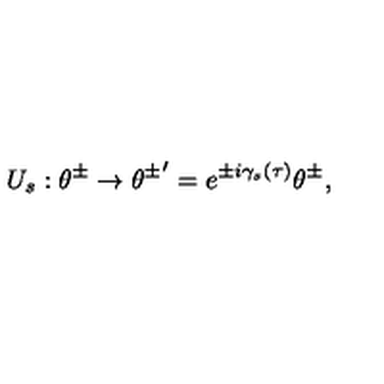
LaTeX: U _ { s } : \theta ^ { \pm } \rightarrow { \theta ^ { \pm } } ^ { \prime } = e ^ { \pm i { \gamma } _ { s } ( \tau ) } \theta ^ { \pm } ,